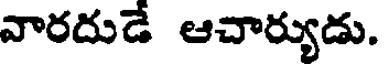
వారదుడే ఆచార్యుడు.